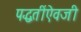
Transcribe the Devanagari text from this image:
पद्धतींऐवजी